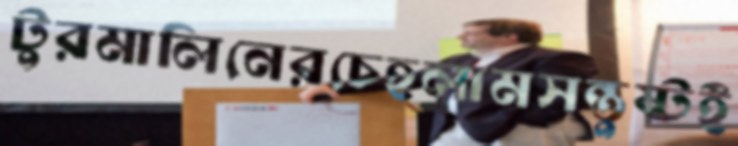
টুরমালিনেরচেহলামসন্তুষ্টই